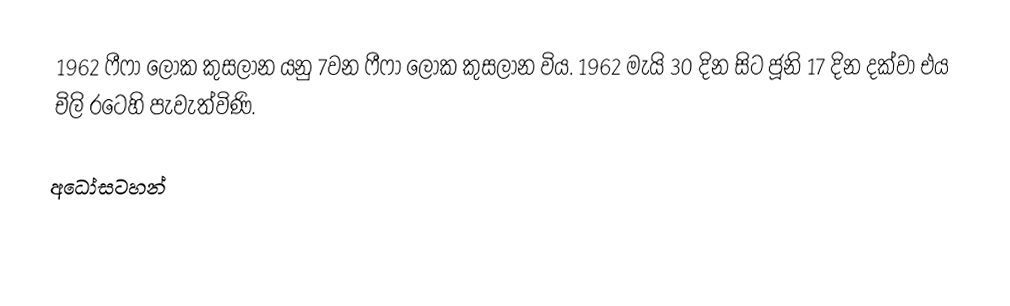
1962 ෆීෆා ලෝක කුසලාන යනු  7වන ෆීෆා ලෝක කුසලාන විය. 1962 මැයි 30 දින සිට ජූනි 17 දින දක්වා එය චිලි රටෙහි පැවැත්විණි.

අධෝසටහන්